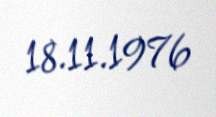
18.11.1976